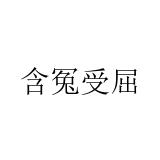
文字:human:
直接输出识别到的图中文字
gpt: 含冤受屈